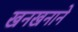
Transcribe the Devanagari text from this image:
खनखनाने